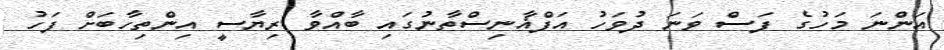
އަންނަ މަހުގެ ފަސް ވަނަ ދުވަހު އަފްޣާނިސްތާނުގައި ބާއްވާ ރިޔާސީ އިންތިހާބަށް ފަހު